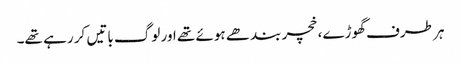
ہر طرف گھوڑے، خچر بندھے ہوئے تھے اور لوگ باتیں کر رہے تھے۔